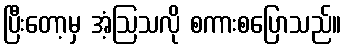
ပြီးတော့မှ အံ့ဩသလို စကားစပြောသည်။